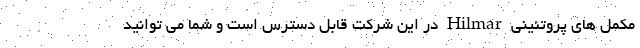
مکمل های پروتئینی Hilmar در این شرکت قابل دسترس است و شما می توانید